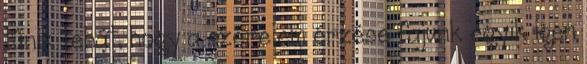
tűnik tehát, hogy a szerelem érzése fajunk egyik igen